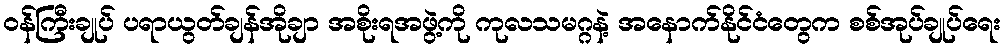
ဝန်ကြီးချုပ် ပရာယွတ်ချန်အိုချာ အစိုးရအဖွဲ့ကို ကုလသမဂ္ဂနဲ့ အနောက်နိုင်ငံတွေက စစ်အုပ်ချုပ်ရေး